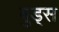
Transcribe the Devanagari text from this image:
बुड्स